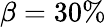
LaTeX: \beta=30\%